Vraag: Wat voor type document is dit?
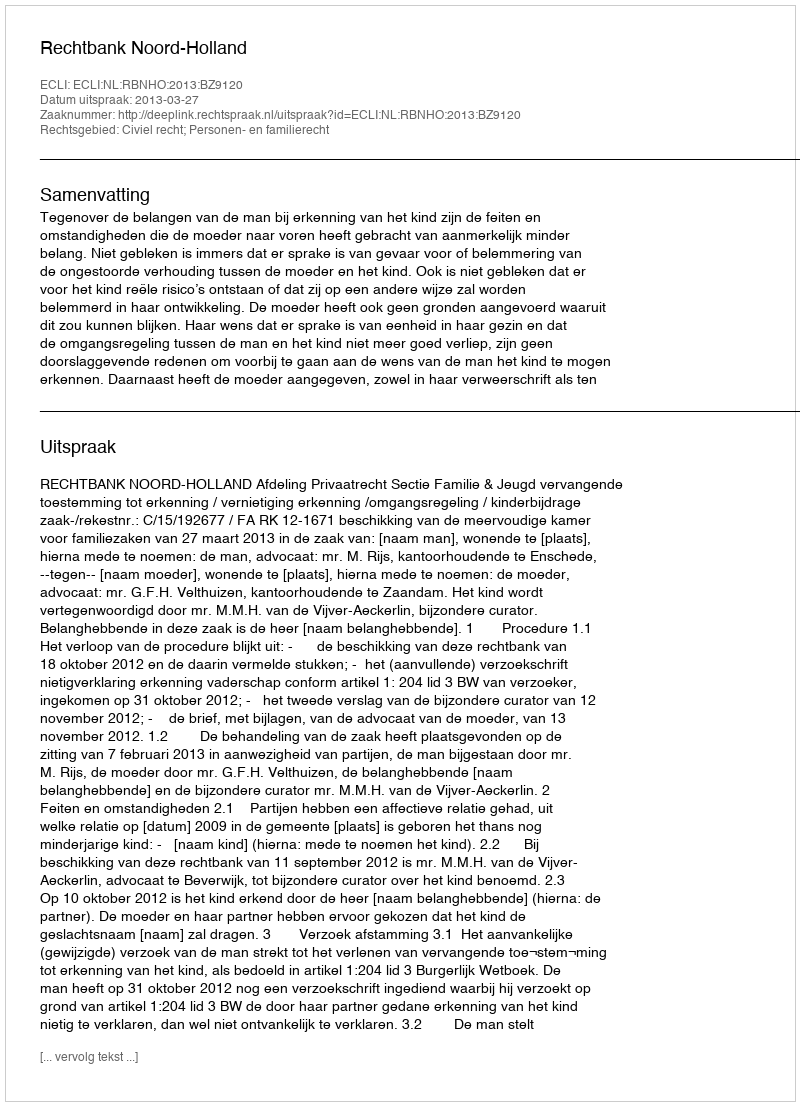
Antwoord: Uitspraak